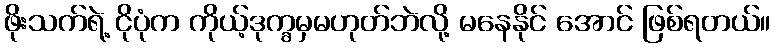
ဖိုးသက်ရဲ့ ငိုပုံက ကိုယ့်ဒုက္ခမှမဟုတ်ဘဲလို့ မနေနိုင် အောင် ဖြစ်ရတယ်။